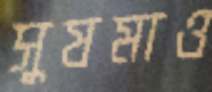
সুষমাও